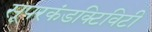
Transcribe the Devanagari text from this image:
सूपरकंडक्टिविटी